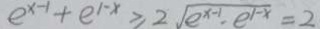
e ^ { x - 1 } + e ^ { 1 - x } \geq 2 \sqrt { e ^ { x - 1 } , e ^ { 1 - x } } = 2